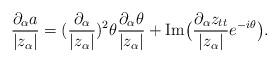
LaTeX: \begin{align*}\frac {\partial_\alpha a}{|z_\alpha|}=(\frac {\partial_\alpha }{|z_\alpha|})^2\theta \frac {\partial_\alpha\theta }{|z_\alpha|}+\operatorname{Im}\bigl( \frac {\partial_\alpha z_{tt}}{|z_\alpha|}e^{-i\theta}\bigr).\end{align*}